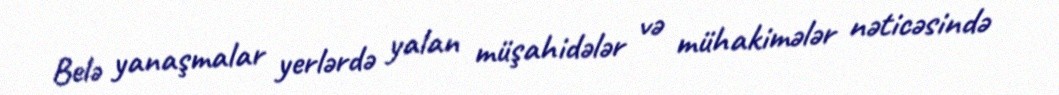
Belə yanaşmalar yerlərdə yalan müşahidələr və mühakimələr nəticəsində